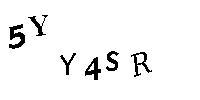
5YY4SR